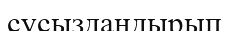
сусыздандырып